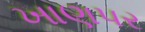
ખાણપર